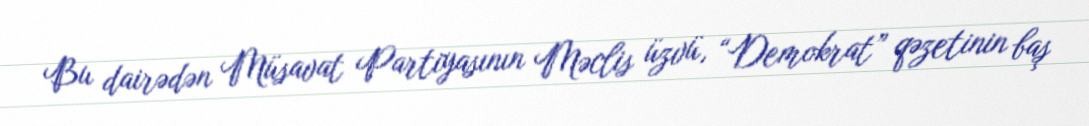
Bu dairədən Müsavat Partiyasının Məclis üzvü, “Demokrat” qəzetinin baş